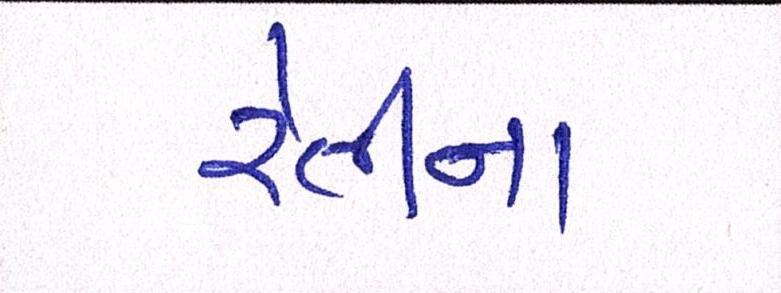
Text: રેતીના